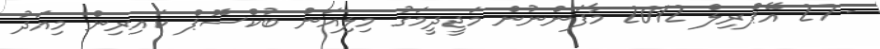
- 27 އޭޕްރިލް 2012 މާފަންނުން މަޖީދީމަގު މިލިއަން ބުކްސޮޕް ކައިރިން މިއަދު